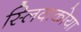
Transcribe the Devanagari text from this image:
स्लिवाकोया